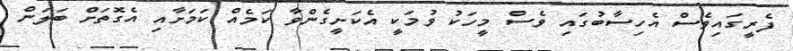
ފެރީގައިވެސް އެހިސާބުގައި ވެސް މީހަކު ވުމަކީ އެކަށީގެންވާ ކަމެއް ކަމަށާއި އެގޮތަށް ބަލަން